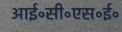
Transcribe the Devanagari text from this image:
आई॰सी॰एस॰ई॰